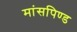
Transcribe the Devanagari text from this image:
मांसपिण्ड